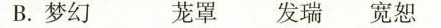
B.梦幻 茏罩 发瑞 宽恕